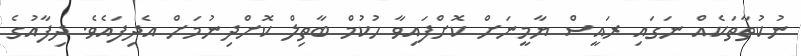
ނުކުތާތަކެއް ނަގައި ރައީސް ޔާމީނަށް ކޮށްފައިވާ ހުކުމް ބާތިލް ކޮށްދިނުމަށް އެދިފައެވެ. ދިފާއުގެ